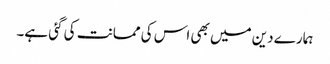
ہمارے دین میں بھی اس کی ممانت کی گئی ہے۔